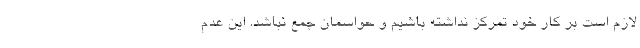
لازم است بر کار خود تمرکز نداشته باشیم و حواسمان جمع نباشد. این عدم